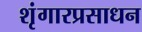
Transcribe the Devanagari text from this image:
शृंगारप्रसाधन